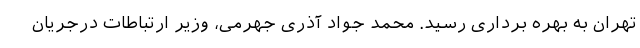
تهران به بهره برداری رسید. محمد جواد آذری جهرمی، وزیر ارتباطات درجریان